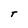
Character: t